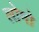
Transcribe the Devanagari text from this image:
लोमो